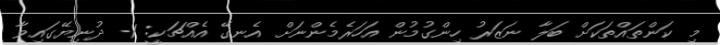
މި ކަންތައްތަކަށް ބަލާ ނަޒަރު ހިންގުމުން އަހަރެމެންނަށް އެނގޭ އެއްޗަކީ: 1- ދުނިޔޭގައިވާ